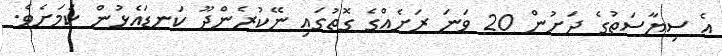
އެ ސިޔާސަތުގެ ދަށުން 20 ވަނަ ރަށެއްގެ ގޮތުގައި ނޭކުރެންދޫ ކަނޑައެޅުން ކަމަށެވެ.